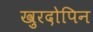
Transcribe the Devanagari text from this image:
ख़ुरदोपिन